Report on vaccination North-West Frontier Province 1904-1922 - 1904-1922
Year: 1904
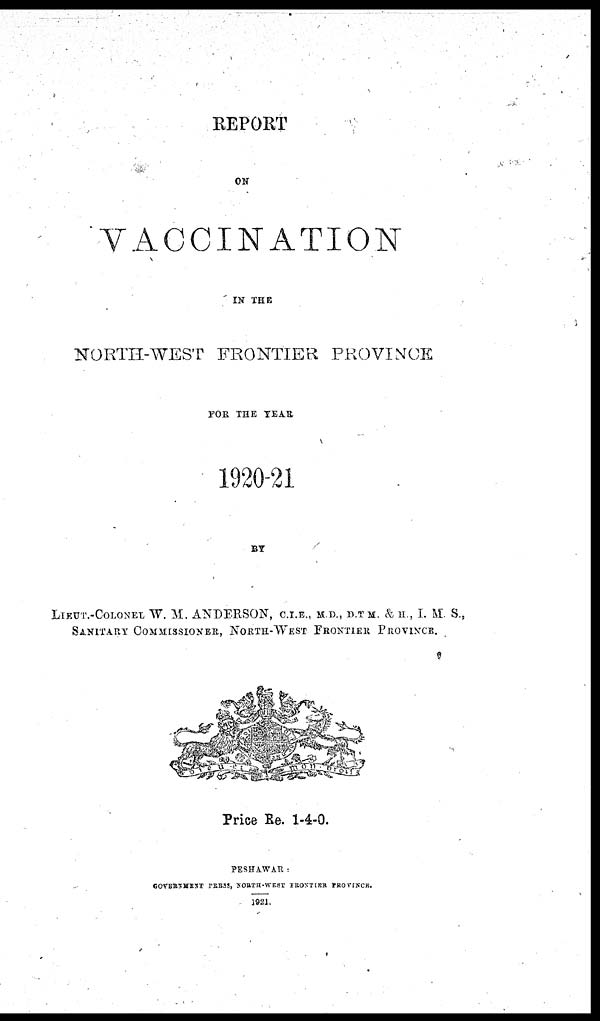
REPORT
ON
VACCINATION
IN THE
NORTH-WEST FRONTIER PROVINCE
FOR THE YEAR
1920-21
BY
LIEUT.-COLONEL W. M. ANDERSON, C.I.E., M.D., D.T.M, & H., I. M S.,
SANITARY COMMISSIONER, NORTH-WEST FRONTIER PROVINCE.
Price Re. 1-4-0.
PESHAWAR :
GOVERNMENT PRESS, NORTH-WEST FRONTIER PROVINCS.
1921.